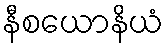
နီစယောနိယံ